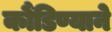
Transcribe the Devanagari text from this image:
कौंडिण्याने